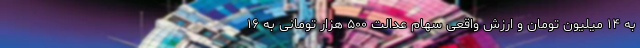
به ۱۴ میلیون تومان و ارزش واقعی سهام عدالت ۵۰۰ هزار تومانی به ۱۶